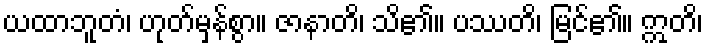
ယထာဘူတံ၊ ဟုတ်မှန်စွာ။ ဇာနာတိ၊ သိ၏။ ပဿတိ၊ မြင်၏။ ဣတိ၊